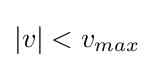
|v|<v_{max}